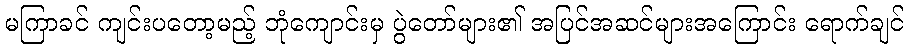
မကြာခင် ကျင်းပတော့မည့် ဘုံကျောင်းမှ ပွဲတော်များ၏ အပြင်အဆင်များအကြောင်း ရောက်ချင်